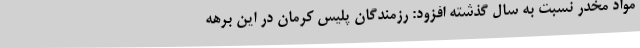
مواد مخدر نسبت به سال گذشته افزود: رزمندگان پلیس کرمان در این برهه